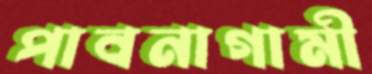
পাবনাগামী